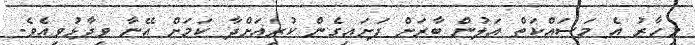
މިހާރު އެ މަސައްކަތް އަލުން ބާރަށް ފަށައިގެން ކުރިއަށްދާ ކަމަށް އޭނާ ވިދާޅުވިއެވެ.